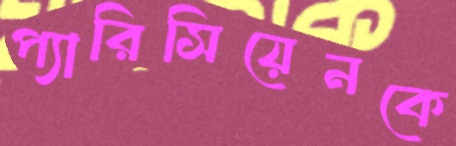
প্যারিসিয়েনকে